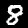
Label: 8